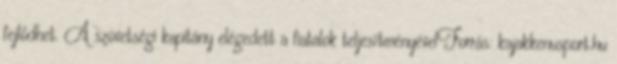
fejlődhet. A szövetségi kapitány elégedett a fiatalok teljesítményévelForrás: kajakkenusport.hu